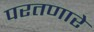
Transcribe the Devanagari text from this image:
परतणारे